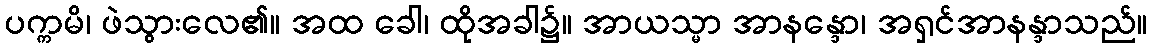
ပက္ကမိ၊ ဖဲသွားလေ၏။ အထ ခေါ၊ ထိုအခါ၌။ အာယသ္မာ အာနန္ဒော၊ အရှင်အာနန္ဒာသည်။